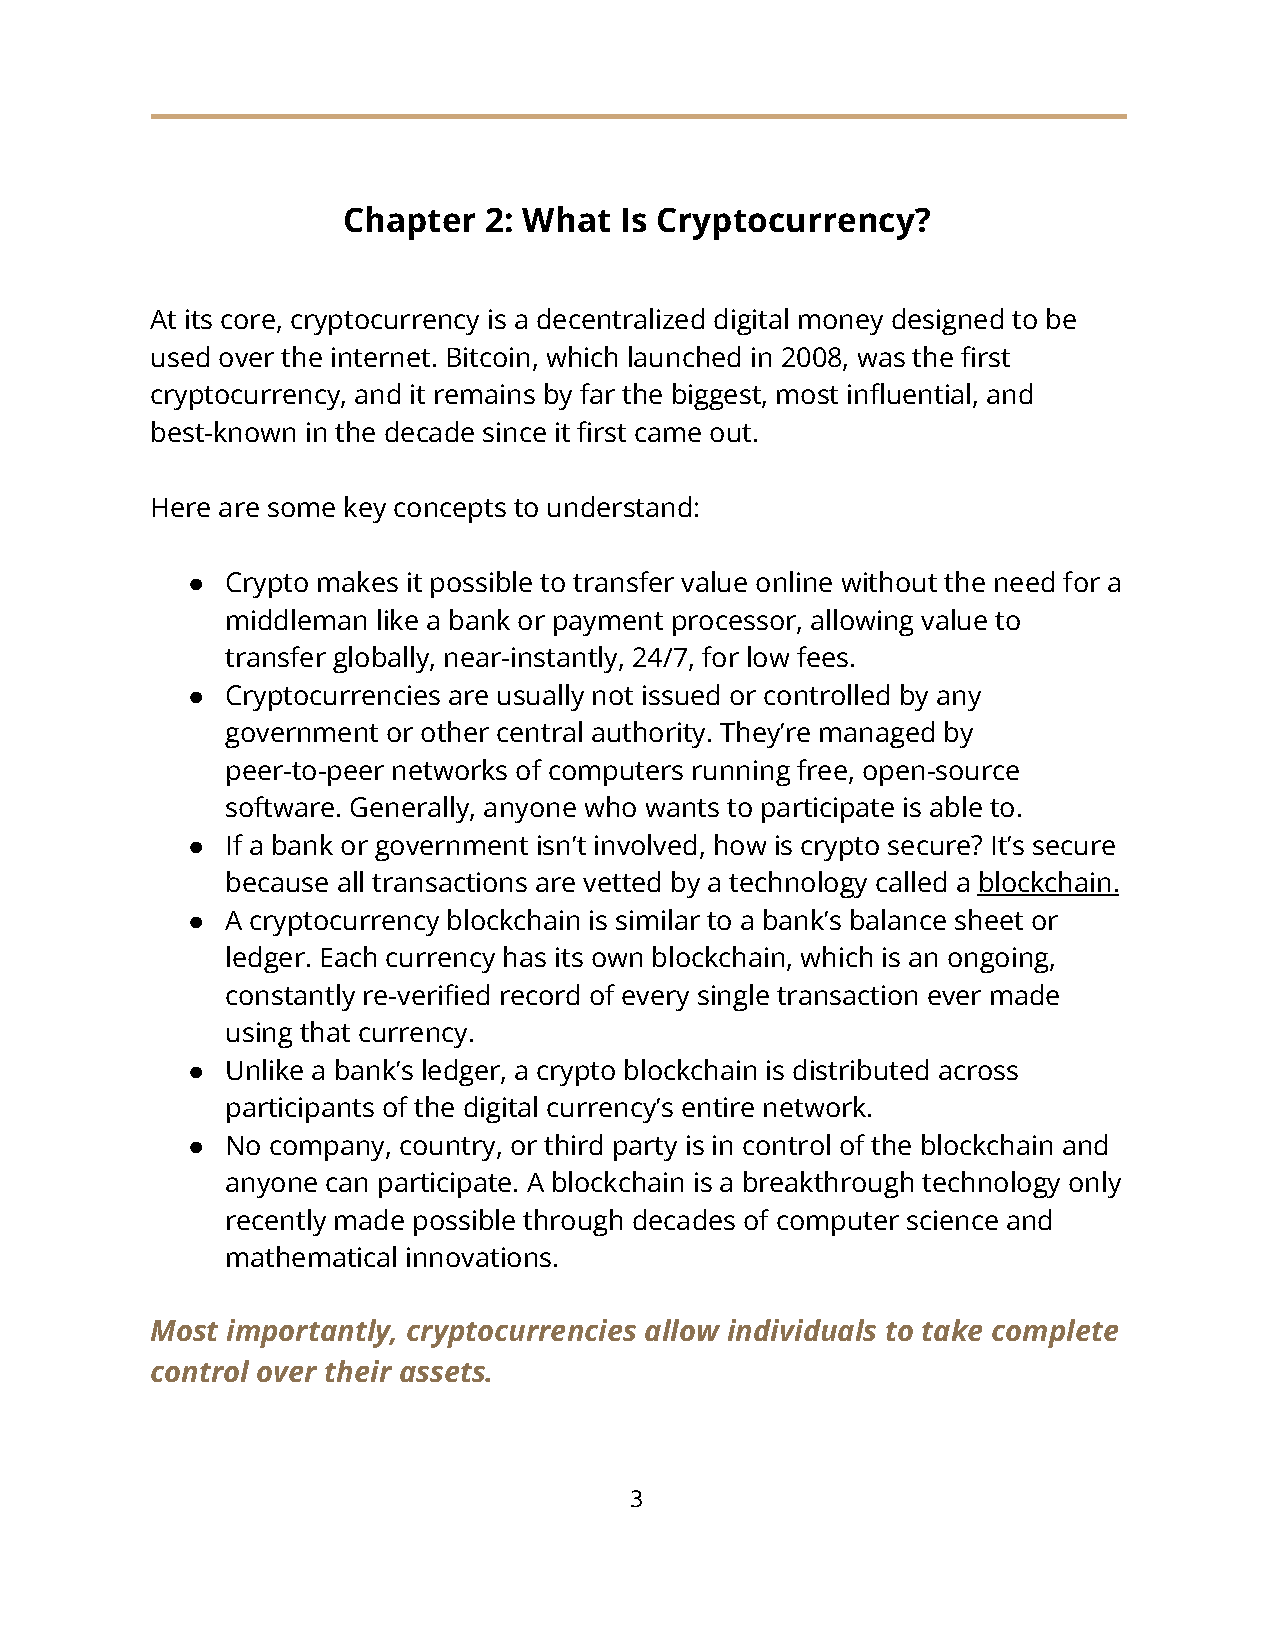
Chapter  2: What  Is Cryptocurrency?
 At its core, cryptocurrency is a decentralized digital money designed to be
 used over the internet. Bitcoin, which launched in 2008, was the first
 cryptocurrency, and it remains by far the biggest, most influential, and
 best-known in the decade since it first came out.
 Here are some key concepts to understand:
 ●  Crypto makes it possible to transfer value online without the need for a
 middleman like a bank or payment processor, allowing value to
 transfer globally, near-instantly, 24/7, for low fees.
 ●  Cryptocurrencies are usually not issued or controlled by any
 government or other central authority. They’re managed by
 peer-to-peer networks of computers running free, open-source
 software. Generally, anyone who wants to participate is able to.
 ●  If a bank or government isn’t involved, how is crypto secure? It’s secure
 because all transactions are vetted by a technology called a blockchain.
 ●  A cryptocurrency blockchain is similar to a bank’s balance sheet or
 ledger. Each currency has its own blockchain, which is an ongoing,
 constantly re-verified record of every single transaction ever made
 using that currency.
 ●  Unlike a bank’s ledger, a crypto blockchain is distributed across
 participants of the digital currency’s entire network.
 ●  No company, country, or third party is in control of the blockchain and
 anyone can participate. A blockchain is a breakthrough technology only
 recently made possible through decades of computer science and
 mathematical innovations.
 Most importantly, cryptocurrencies allow individuals to take complete
 control over their assets.
 3